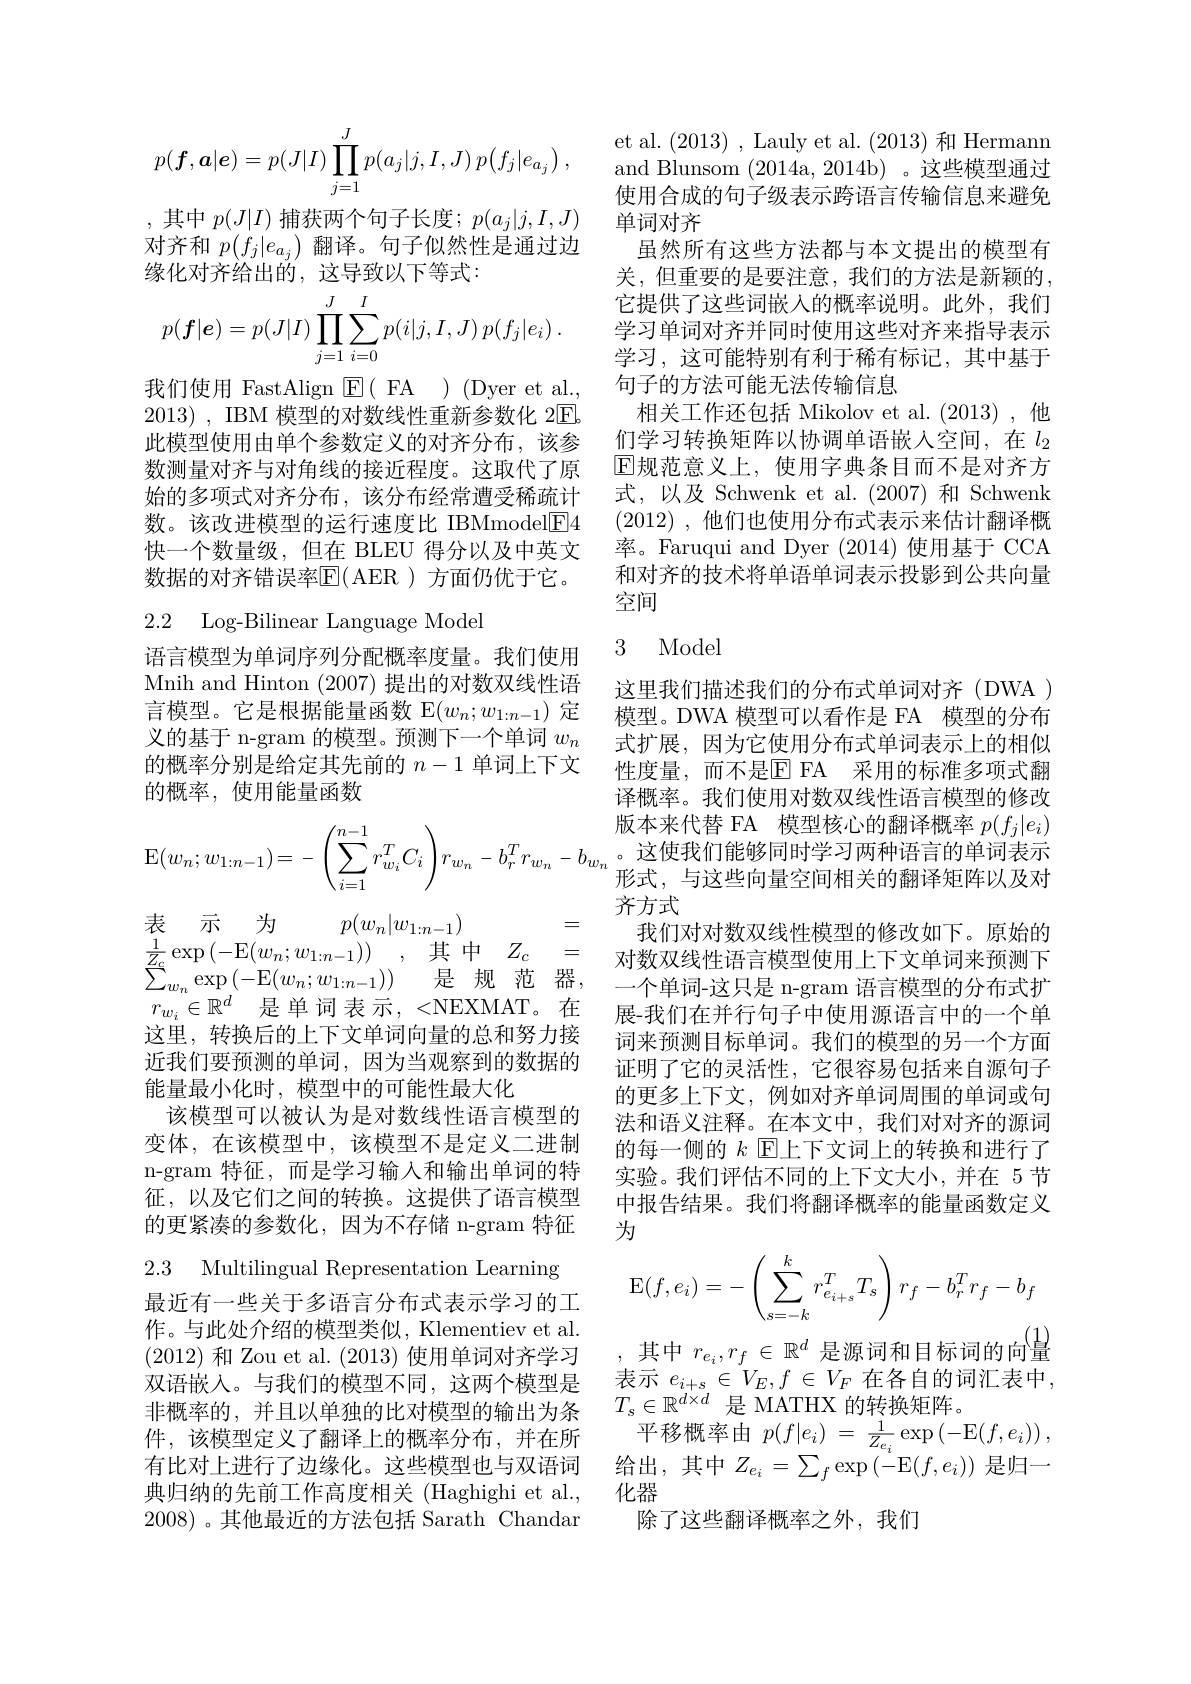
$$p(\boldsymbol{f},\boldsymbol{a}|\boldsymbol{e})=p(J|I)\prod_{j=1}^Jp(a_j|j,I,J)\:p\big(f_j|e_{a_j}\big)\:,$$
,其中$p(J|I)$捕获两个句子长度；$p(a_j|j,I,J)$ 对齐和$p(f_j|e_{a_j})$翻译。句子似然性是通过边缘化对齐给出的，这导致以下等式：
$$p(\boldsymbol{f}|\boldsymbol{e})=p(J|I)\prod_{j=1}^J\sum_{i=0}^Ip(i|j,I,J)\:p(f_j|e_i)\:.$$
我们使用 FastAlign $\mathbb{E}($ FA )(Dyer et al., 2013) , IBM 模型的对数线性重新参数化 2E. 此模型使用由单个参数定义的对齐分布，该参数测量对齐与对角线的接近程度。这取代了原始的多项式对齐分布，该分布经常遭受稀疏计数。该改进模型的运行速度比 IBMmodel$\boxed{\mathrm{F}}4$ 快一个数量级，但在 BLEU 得分以及中英文数据的对齐错误率$\mathbb{E}($AER )方面仍优于它。

## 2.2 Log-Bilinear Language Model

语言模型为单词序列分配概率度量。我们使用Mnih and Hinton (2007)提出的对数双线性语言模型。它是根据能量函数 E$(w_n;w_{1:n-1})$定义的基于 n-gram 的模型。预测下一个单词$w_n$ 的概率分别是给定其先前的$n-1$单词上下文的概率，使用能量函数

$-b_{w_n}$。这使我们能够同时学习两种语言的单词表示
$$\operatorname{E}(w_n;w_{1:n-1})=-\left(\sum_{i=1}^{n-1}r_{w_i}^TC_i\right)r_{w_n}-b_r^Tr_{w_n}-b_{w_n}$$
表示为
$p(w_n|w_{1:n-1})$
$r_{w_i}\in \mathbb{R} ^{d}$ 是单词表示，<NEXMAT。在这里，转换后的上下文单词向量的总和努力接近我们要预测的单词，因为当观察到的数据的能量最小化时，模型中的可能性最大化
该模型可以被认为是对数线性语言模型的变体，在该模型中，该模型不是定义二进制n-gram 特征，而是学习输入和输出单词的特征，以及它们之间的转换。这提供了语言模型的更紧凑的参数化，因为不存储 n-gram 特征

2.3 Multilingual Representation Learning

最近有一些关于多语言分布式表示学习的工作。与此处介绍的模型类似，Klementiev et al (2012)和 Zou et al. (2013)使用单词对齐学习双语嵌入。与我们的模型不同，这两个模型是非概率的，并且以单独的比对模型的输出为条件，该模型定义了翻译上的概率分布，并在所有 比 对 上 进 行 了 边 缘 化 。这 些 模 型 也 与 双 语 词 给 出 , 其 中 $Z_{e_{i}}= \sum _{f}\exp \left ( - \mathrm{E} ( f, e_{i}) \right )$是 归 一 典 归 纳 的 先 前 工 作 高 度 相 关 ( Haghighi et al. , 化 器
2008)。其他最近的方法包括 Sarath Chandar

et al. (2013) , Lauly et al. (2013)和 Hermann and Blunsom (2014a, 2014b)。这些模型通过使用合成的句子级表示跨语言传输信息来避免单词对齐
虽然所有这些方法都与本文提出的模型有关，但重要的是要注意，我们的方法是新颖的， 它提供了这些词嵌入的概率说明。此外，我们学习单词对齐并同时使用这些对齐来指导表示学习，这可能特别有利于稀有标记，其中基于句子的方法可能无法传输信息
相关工作还包括 Mikolov et al. (2013),他们学习转换矩阵以协调单语嵌入空间，在$l_{2}$ $\operatorname{E}$规范意义上，使用字典条目而不是对齐方式，以及 Schwenk et al.(2007) 和 Schwenk (2012) , 他们也使用分布式表示来估计翻译概率。Faruqui and Dyer (2014) 使用基于 CCA 和对齐的技术将单语单词表示投影到公共向量空间

### 3 Model

这里我们描述我们的分布式单词对齐(DWA ) 模型。DWA 模型可以看作是 FA 模型的分布式扩展，因为它使用分布式单词表示上的相似性度量，而不是$\overline{\mathbb{E}}$ FA 采用的标准多项式翻译概率。我们使用对数双线性语言模型的修改版本来代替 FA 模型核心的翻译概率$p(f_j|e_i)$ 形式，与这些向量空间相关的翻译矩阵以及对齐方式
$\begin{array}{rcll}{\text{农 小、}\:\text{ 分 }p(w_{n}|w_{1:n-1})}&{=}&{\text{我们对对数双线性模型的修改如下。原始的}}\\{\frac1{Z_{c}}\exp\left(-\mathrm{E}(w_{n};w_{1:n-1})\right),\text{ 其 中}Z_{c}}&{=}&{\text{对数双线性语言模型使用上下文单词来预测下}}\\{\sum_{w_{n}}\exp\left(-\mathrm{E}(w_{n};w_{1:n-1})\right)}&{\text{是 规 范 器，一个单词-这只是 n-gram 语言模型的分布式扩}}\end{array}$
展-我们在并行句子中使用源语言中的一个单词来预测目标单词。我们的模型的另一个方面证明了它的灵活性，它很容易包括来自源句子的更多上下文，例如对齐单词周围的单词或句法和语义注释。在本文中，我们对对齐的源词的每一侧的$k$ E上下文词上的转换和进行了实验。我们评估不同的上下文大小，并在 5节中报告结果。我们将翻译概率的能量函数定义为
$$\mathrm{E}(f,e_{i})=-\left(\sum_{s=-k}^{k}r_{e_{i+s}}^{T}T_{s}\right)r_{f}-b_{r}^{T}r_{f}-b_{f}$$
其中$r_{e_i},r_f\in\mathbb{R}^d$是源词和目标词的向量

表示 $e_{i+s}\in V_E,f\in V_F$ 在各自的词汇表中，
$T_s\in\mathbb{R}^{d\times d}$是 MATHX 的转换矩阵。
$\operatorname { \text{平 移 概 率 由 }} p( f| e_{i})$ = $\frac 1{Z_{e_{i}}}\exp \left ( - \mathrm{E} ( f, e_{i}) \right ) $,
除了这些翻译概率之外，我们